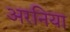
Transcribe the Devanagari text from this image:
अरनिया